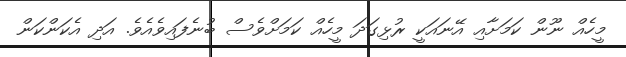
މީހެއް ނޫން ކަމަށާއި އޭނައަކީ ރުޅިގަދަ މީހެއް ކަމަށްވެސް ބުނެފައިވެއެވެ. އަދި އެކަންކަން